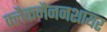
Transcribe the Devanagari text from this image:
क्लैकमैननशायर